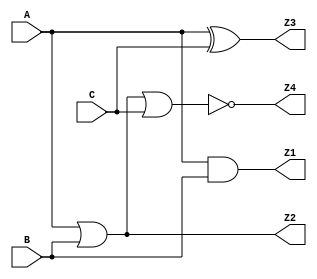
module combinational_logic (
    input wire A,        // Input A
    input wire B,        // Input B
    input wire C,        // Input C
    output wire Z1,      // Output Z1 (A AND B)
    output wire Z2,      // Output Z2 (A OR B)
    output wire Z3,      // Output Z3 (A XOR C)
    output wire Z4       // Output Z4 (NOR of all inputs)
);

// Combinational Logic Implementation
assign Z1 = A & B;          // Z1 = A AND B
assign Z2 = A | B;          // Z2 = A OR B
assign Z3 = A ^ C;          // Z3 = A XOR C
assign Z4 = ~(A | B | C);   // Z4 = NOR(A, B, C)

endmodule